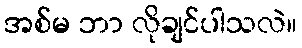
အစ်မ ဘာ လိုချင်ပါသလဲ။